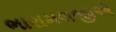
ભારામલજીએ